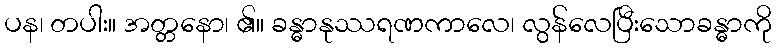
ပန၊ တပါး။ အတ္တနော၊ ၏။ ခန္ဓာနုဿရဏကာလေ၊ လွန်လေပြီးသောခန္ဓာကို